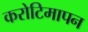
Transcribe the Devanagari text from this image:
करोटिमापन